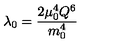
\lambda _ { 0 } = \frac { 2 \mu _ { 0 } ^ { 4 } Q ^ { 6 } } { m _ { 0 } ^ { 4 } }